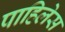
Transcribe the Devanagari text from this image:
पाहिलेस